Report of the Municipal Commissioner on the plague in Bombay for the year ending 31st May... - Volume 2
Disease focus: Plague
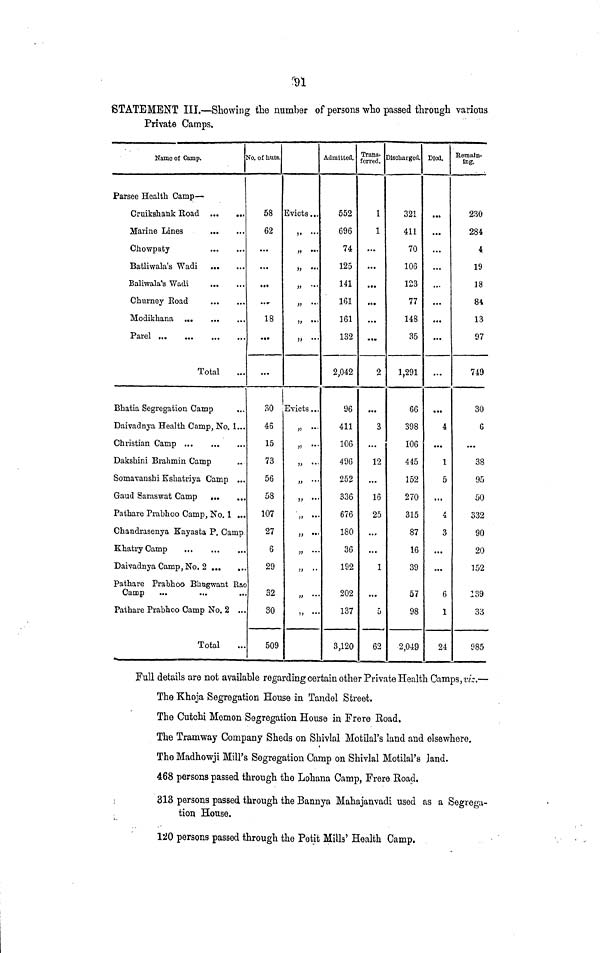
91
STATEMENT III.—Showing the number of persons who passed through various
Private Camps.
Name of Camp.
ϊ
Farsee Health Camp—
Cruikshank Road
Marine Lines
Chowpaty
Batliwala's Wadi
Baliwala's Wadi
Churney Koad
Modikhana
Total
Bhatia Segregation Camp
Daivadnya Health Camp, No. 1...
Christian Camp
Dakshini Brahmin Camp
Somavanshi Eshatriya Camp ...
Gaud Saras wat Camp
...
Pathare Prabhoo Camp, No. 1 ...
Chandrasenya Kayasta P. Camp
KhatryCamp
Daivadnya Camp, No. 2 ...
Pathare Prabhoo Bhngwant Eac
Camp
Pathare Prabhoo Camp No. 2 .,.
Total
ίο. of huts.
58
62
...
...
...
..,
18
...
BO
45
15
73
56
58
107
27
6
29
52
30
509
Evicts...
j»
,, ...
3,
...
11
"'
»
"·
I!
···
j,
...
Evicts...
„ ...
>· > ··
» ··
»
13
'·
» "
» "
»
»
'·
»
»
"
Admitted.
552
696
74
125
141
161
161
132
2,042
96
411
106
496
252
336
676
180
36
192
202
137
3,120
Trans-
ferred.
1
1
...
...
«*·
...
...
2
···
3
...
12
...
16
25
...
...
1
...
Ό
62
Discharged.
321
411
70
106
123
77
148
35
1,291
66
398
106
415
152
270
315
87
16
39
57
98
2,049
Died.
• •ft
...
...
...
...
...
...
...
• ··
4
...
1
5
...
4
3
...
...
6
1
24
Remain-
Ing.
230
284
4
19
18
84
13
97
749
30
6
...
38
95
50
332
90
20
152
139
33
985
Full details are not available regarding certain other Private Health Camps, tv'c.—
The Khoja Segregation House in Tandel Street.
The Cutchi Memon Segregation House in Frere Koad.
The Tramway Company Sheds on Sbivlal Motilal's land and elsewhere.
Tbe Madhowji Mill's Segregation Camp on Shivlal Motilal's Jand.
468 persons passed through the Lohana Camp, Frere Road.
313 persons passed through the Bannya Mahajanvadi used as a Segrega-
tion House.
120 persons passed through the Petit Mills' Health Camp.